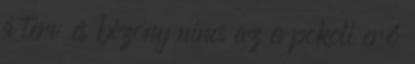
a terv és bizony nincs az a pokoli erő